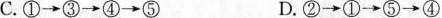
C.①→③→④→⑤ D.②→①→⑤→④